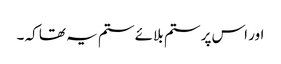
اور اس پر ستم بلائے ستم یہ تھا کہ ۔